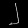
Digit: ၂